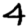
Digit: 4